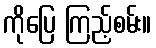
ကိုပြေ ကြည့်စမ်း။